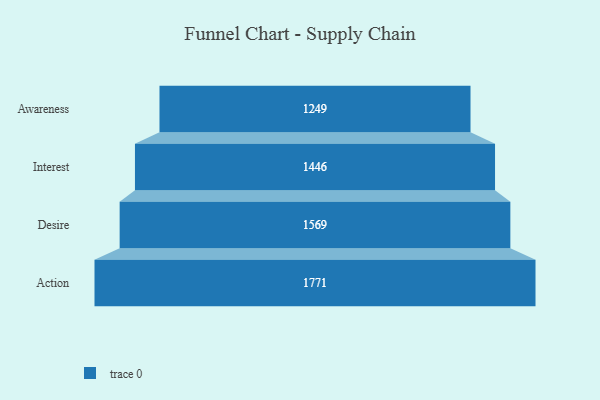
{"axis": {"x": "Stage", "y": "Value"}, "legend": [""], "data": [{"x": "Awareness", "y": 1249.0, "type": ""}, {"x": "Interest", "y": 1446.0, "type": ""}, {"x": "Desire", "y": 1569.0, "type": ""}, {"x": "Action", "y": 1771.0, "type": ""}]}